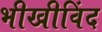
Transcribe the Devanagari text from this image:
भीखीविंद